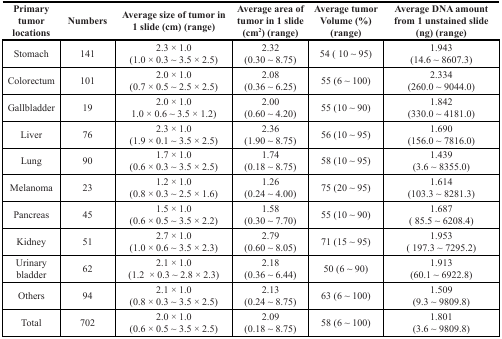
<table><thead><tr><td><b>Primary tumor locations</b></td><td><b>Numbers</b></td><td><b>Average size of tumor in 1 slide (cm) (range)</b></td><td><b>Average area of tumor in 1 slide (cm<sup>2</sup>) (range)</b></td><td><b>Average tumor Volume (%) (range)</b></td><td><b>Average DNA amount from 1 unstained slide (ng) (range)</b></td></tr></thead><tbody><tr><td>Stomach</td><td>141</td><td>2.3 × 1.0(1.0 × 0.3 ~ 3.5 × 2.5)</td><td>2.32(0.30 ~ 8.75)</td><td>54 ( 10 ~ 95)</td><td>1.943(14.6 ~ 8607.3)</td></tr><tr><td>Colorectum</td><td>101</td><td>2.0 × 1.0(0.7 × 0.5 ~ 2.5 × 2.5)</td><td>2.08(0.36 ~ 6.25)</td><td>55 (6 ~ 100)</td><td>2.334(260.0 ~ 9044.0)</td></tr><tr><td>Gallbladder</td><td>19</td><td>2.0 × 1.01.0 × 0.6 ~ 3.5 × 1.2)</td><td>2.00(0.60 ~ 4.20)</td><td>55 (10 ~ 90)</td><td>1.842(330.0 ~ 4181.0)</td></tr><tr><td>Liver</td><td>76</td><td>2.3 × 1.0(1.9 × 0.1 ~ 3.5 × 2.5)</td><td>2.36(1.90 ~ 8.75)</td><td>56 (10 ~ 95)</td><td>1.690(156.0 ~ 7816.0)</td></tr><tr><td>Lung</td><td>90</td><td>1.7 × 1.0(0.6 × 0.3 ~ 3.5 × 2.5)</td><td>1.74(0.18 ~ 8.75)</td><td>58 (10 ~ 95)</td><td>1.439(3.6 ~ 8355.0)</td></tr><tr><td>Melanoma</td><td>23</td><td>1.2 × 1.0(0.8 × 0.3 ~ 2.5 × 1.6)</td><td>1.26(0.24 ~ 4.00)</td><td>75 (20 ~ 95)</td><td>1.614(103.3 ~ 8281.3)</td></tr><tr><td>Pancreas</td><td>45</td><td>1.5 × 1.0(0.6 × 0.5 ~ 3.5 × 2.2)</td><td>1.58(0.30 ~ 7.70)</td><td>55 (10 ~ 90)</td><td>1.687( 85.5 ~ 6208.4)</td></tr><tr><td>Kidney</td><td>51</td><td>2.7 × 1.0(1.0 × 0.6 ~ 3.5 × 2.3)</td><td>2.79(0.60 ~ 8.05)</td><td>71 (15 ~ 95)</td><td>1.953( 197.3 ~ 7295.2)</td></tr><tr><td>Urinary bladder</td><td>62</td><td>2.1 × 1.0(1.2 × 0.3 ~ 2.8 × 2.3)</td><td>2.18(0.36 ~ 6.44)</td><td>50 (6 ~ 90)</td><td>1.913(60.1 ~ 6922.8)</td></tr><tr><td>Others</td><td>94</td><td>2.1 × 1.0(0.8 × 0.3 ~ 3.5 × 2.5)</td><td>2.13(0.24 ~ 8.75)</td><td>63 (6 ~ 100)</td><td>1.509(9.3 ~ 9809.8)</td></tr><tr><td>Total</td><td>702</td><td>2.0 × 1.0(0.6 × 0.5 ~ 3.5 × 2.5)</td><td>2.09(0.18 ~ 8.75)</td><td>58 (6 ~ 100)</td><td>1.801(3.6 ~ 9809.8)</td></tr></tbody></table>